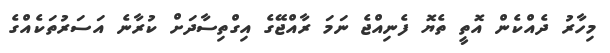
މިހާރު ދެއްކެން އޮތީ ތެޔޮ ފެނިއްޖެ ނަމަ ރާއްޖޭގެ އިގްތިސާދަށް ކުރާނެ އަސަރުތަކެއްގެ